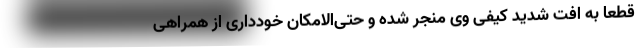
قطعا به افت شدید کیفی وی منجر شده و حتی‌الامکان خودداری از همراهی